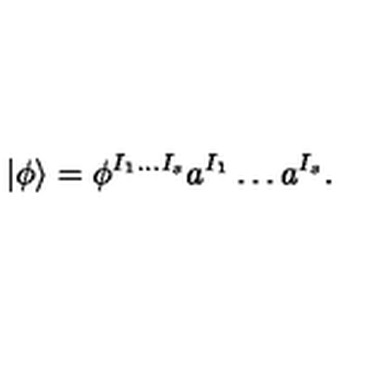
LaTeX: | \phi \rangle = \phi ^ { I _ { 1 } \ldots I _ { s } } a ^ { I _ { 1 } } \ldots a ^ { I _ { s } } .